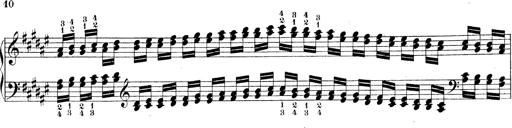
Title: Technische Studien
Composer: Franz Liszt